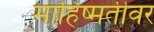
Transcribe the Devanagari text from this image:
माहिष्मतीवर